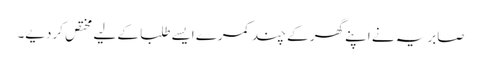
صابریہ نے اپنے گھر کے چند کمرے ایسے طلبا کے لیے مختص کردیے۔